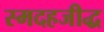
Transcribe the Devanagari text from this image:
स्मदहजीद्ध